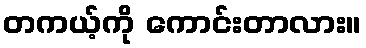
တကယ့်ကို ကောင်းတာလား။